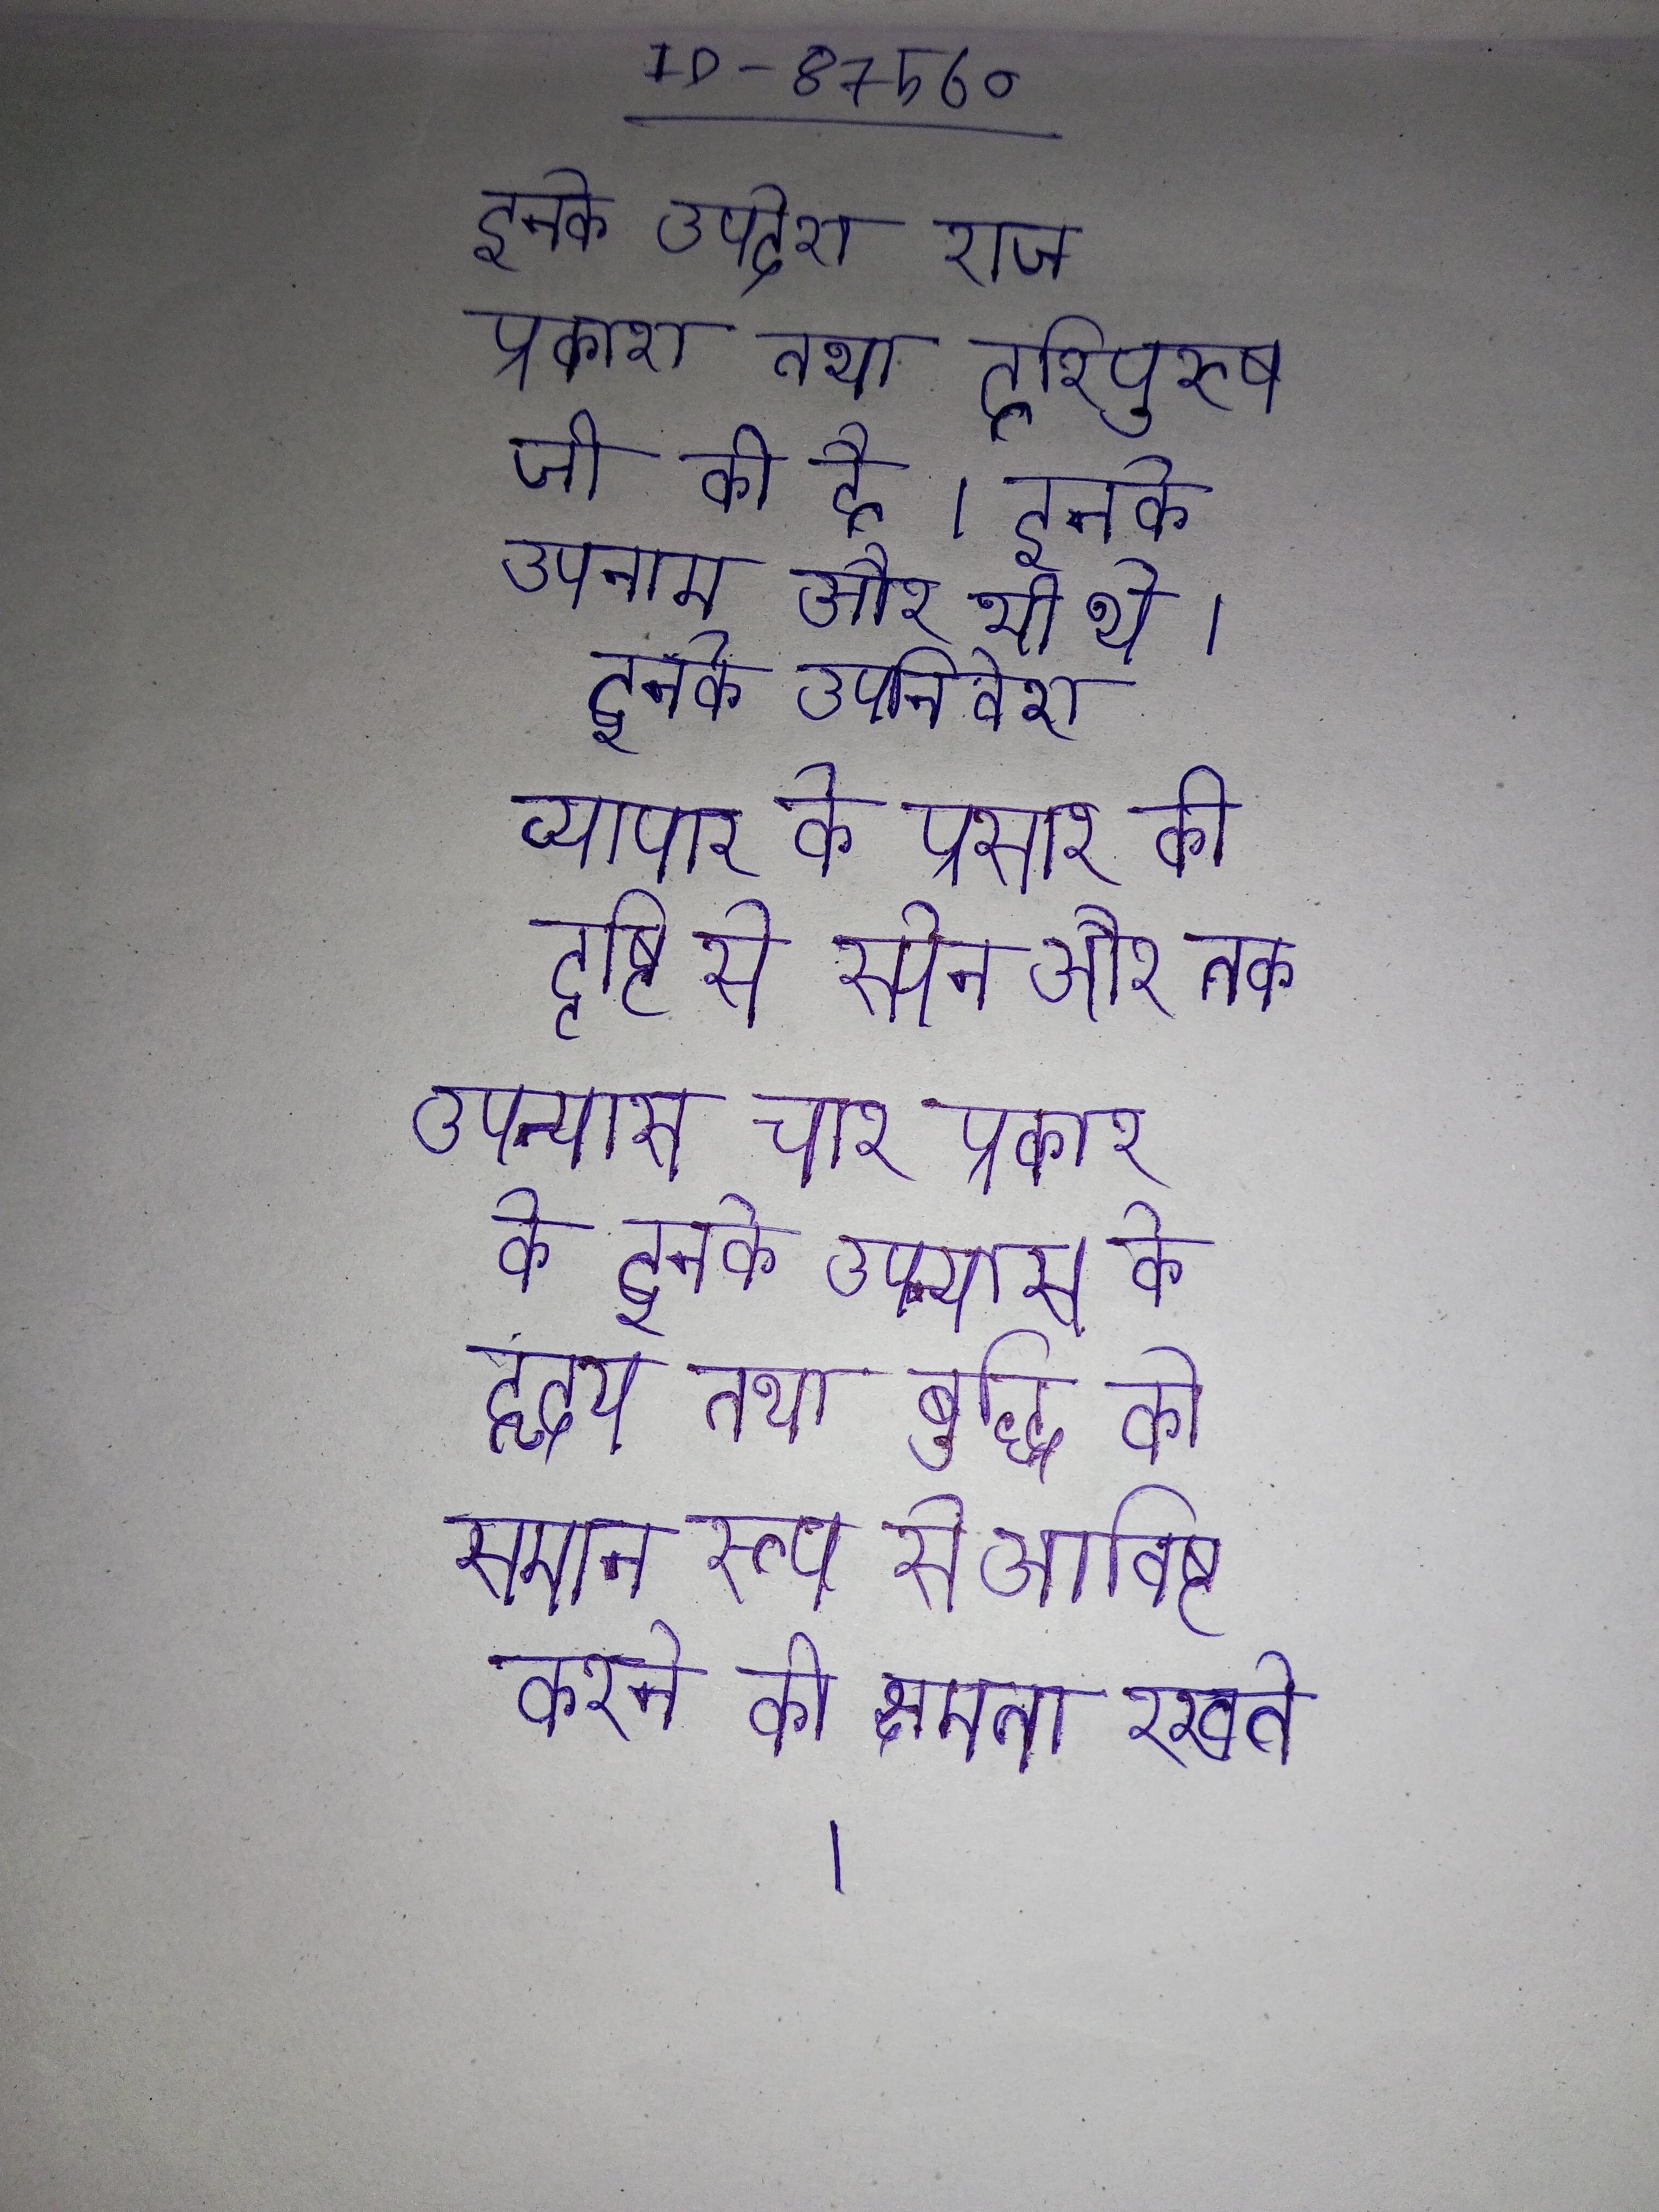
इनके उपदेश राज प्रकाश तथा हरिपुरुष जी की है । इनके उपनाम और भी थे । इनके उपनिवेश व्यापार के प्रसार की दृष्टि से स्पेन और तक भी फैले । इनके उपन्यास चार प्रकार के इनके उपन्यास के हृदय तथा बुद्धि को समान रूप से आविष्ट करने की क्षमता रखते ।